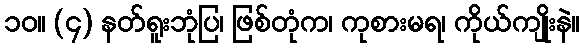
၁၀။ (၄) နတ်ရူးဘုံပြ၊ ဖြစ်တုံက၊ ကုစားမရ၊ ကိုယ်ကျိုးနဲ။